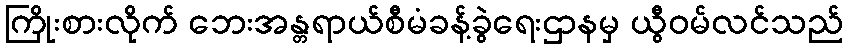
ကြိုးစားလိုက် ဘေးအန္တရာယ်စီမံခန့်ခွဲရေးဌာနမှ ယွီဝမ်လင်သည်